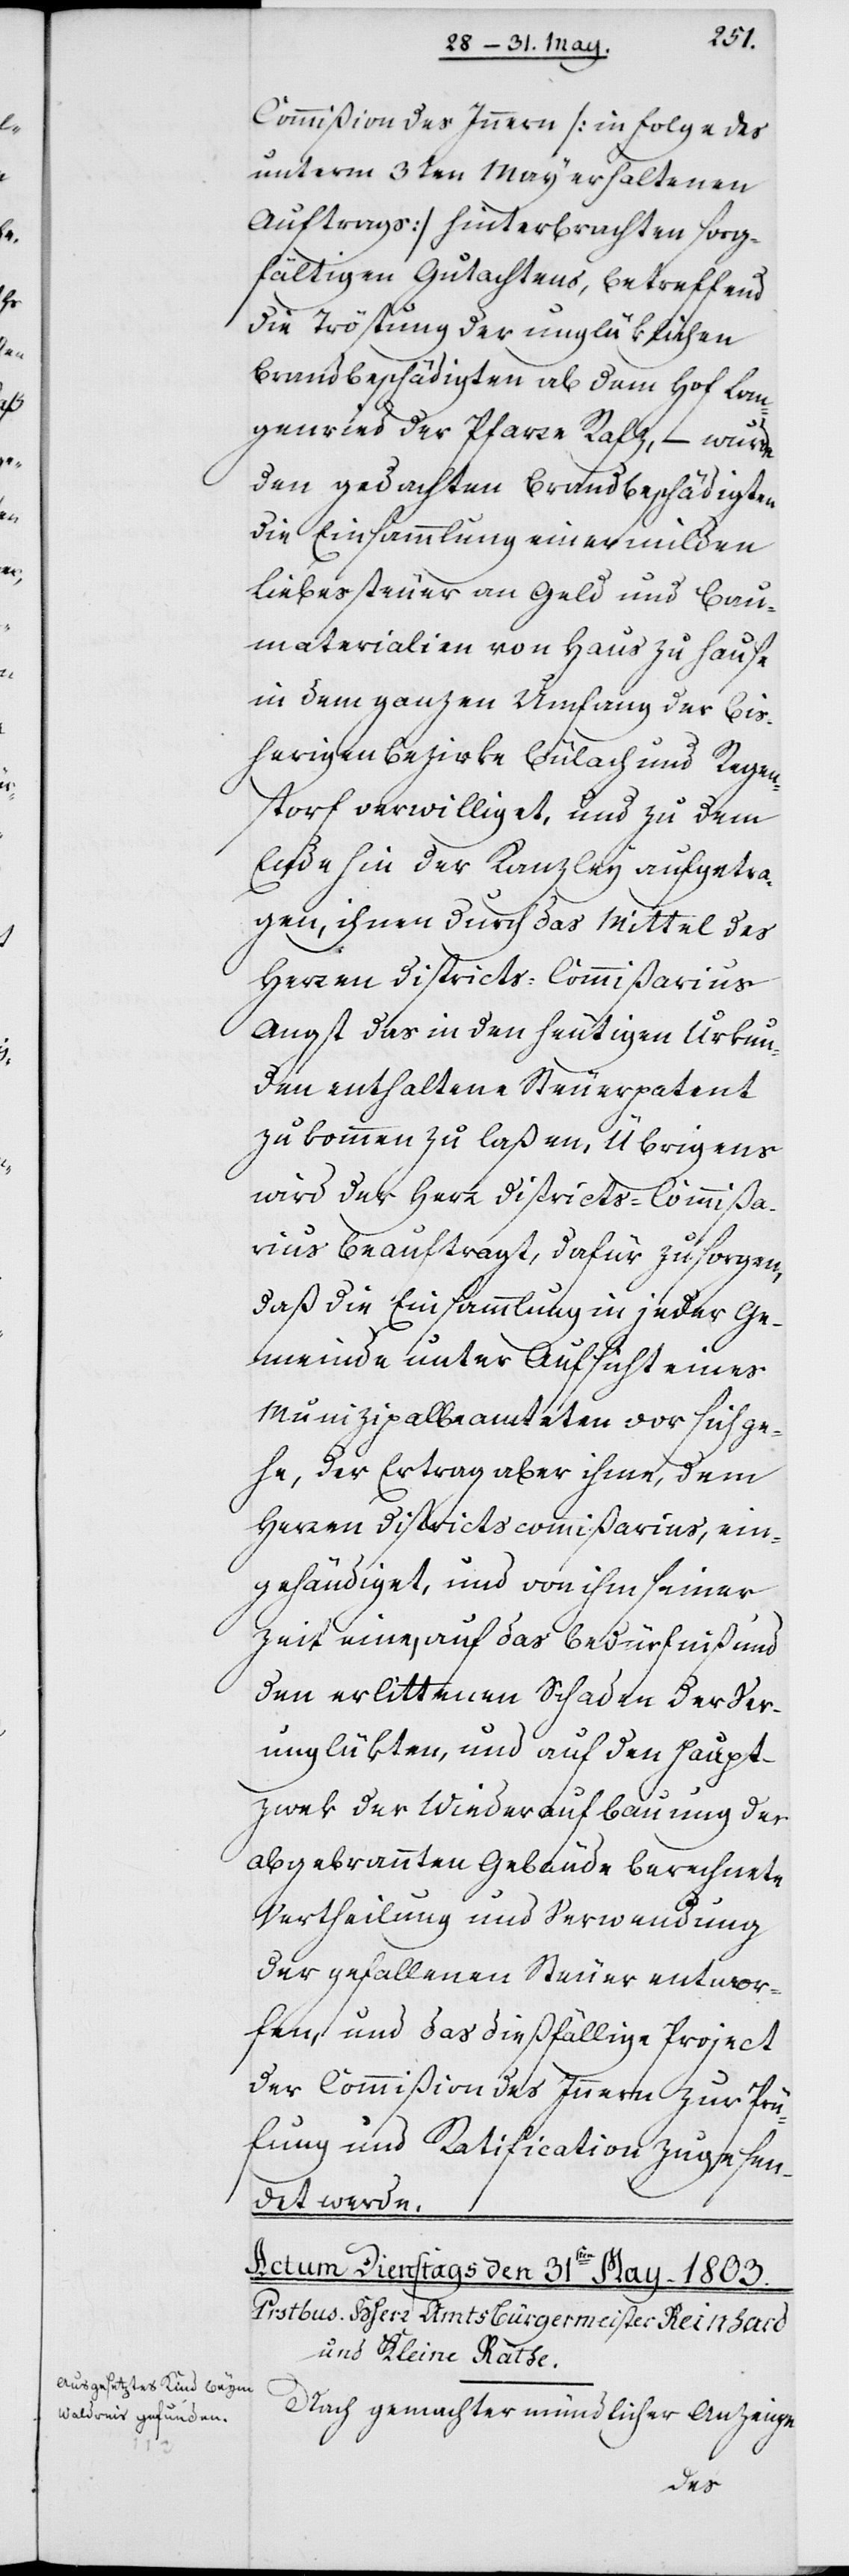
Commißion des Innern (in Folge des
unterm 3ten May erhaltenen
Auftrags) hinterbrachten sorg¬
fältigen Gutachtens, betreffend
die Tröstung der unglüklichen
Brandbeschädigten ab dem Hof Lan¬
genriedt der Pfarre Rafz, – wurde
den gedachten Brandbeschädigten
die Einsammlung einer milden
Liebessteuer an Geld und Bau¬
materialien von Haus zu Hause
in dem ganzen Umfang der bis¬
herigen Bezirke Bülach und Regen¬
storf verwilliget, und zu dem
Ende hin der Kanzley aufgetra¬
gen, ihnen durch das Mittel des
Herren Districts-Commißarius
Angst das in den heutigen Urkun¬
den enthaltene Steuerpatent
zukommen zu laßen. Übrigens
wird der Herr Districts-Commißa¬
rius beauftragt, dafür zu sorgen,
daß die Einsammlung in jeder Ge¬
meinde unter Aufsicht eines
Munizipalbeamteten vor sich ge¬
he, der Ertrag aber ihme, dem
Herren Districtscommißarius, ein¬
gehändiget und von ihm seiner
Zeit eine, auf das Bedürfniß und
den erlittenen Schaden der Ver¬
unglükten, und auf den Haupt¬
zwek der Wiederaufbauung der
abgebrannten Gebäude berechnete
Vertheilung und Verwendung
der gefallenen Steuer entwor¬
fen, und das dießfällige Project
der Commißion des Innern zur Prü¬
fung und Ratification zugesen¬
det werde.
Nach gemachter mündlicher Anzeige